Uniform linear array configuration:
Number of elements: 16
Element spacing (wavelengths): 0.75
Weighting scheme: exponential
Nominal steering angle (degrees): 30
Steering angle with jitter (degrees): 30.69
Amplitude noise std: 0.05
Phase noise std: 0.05

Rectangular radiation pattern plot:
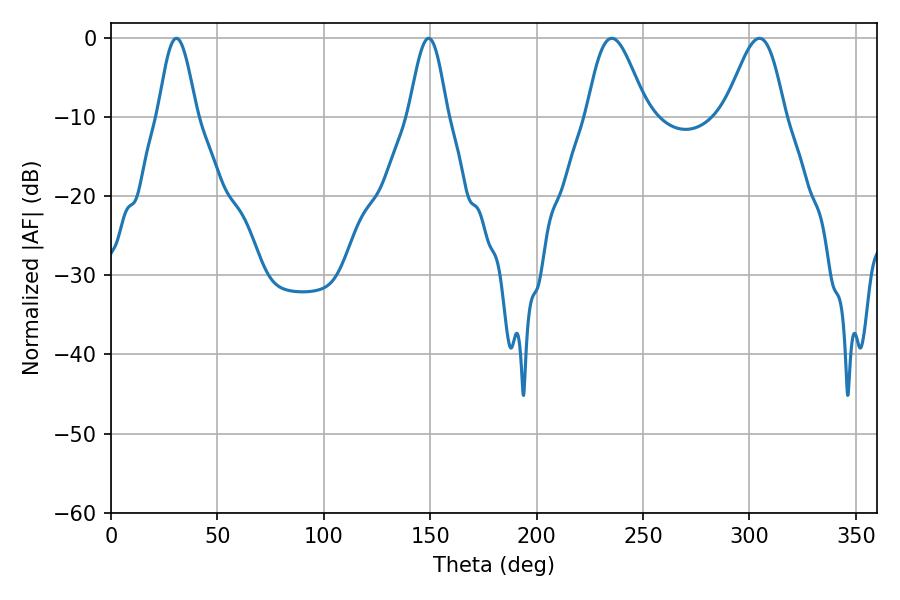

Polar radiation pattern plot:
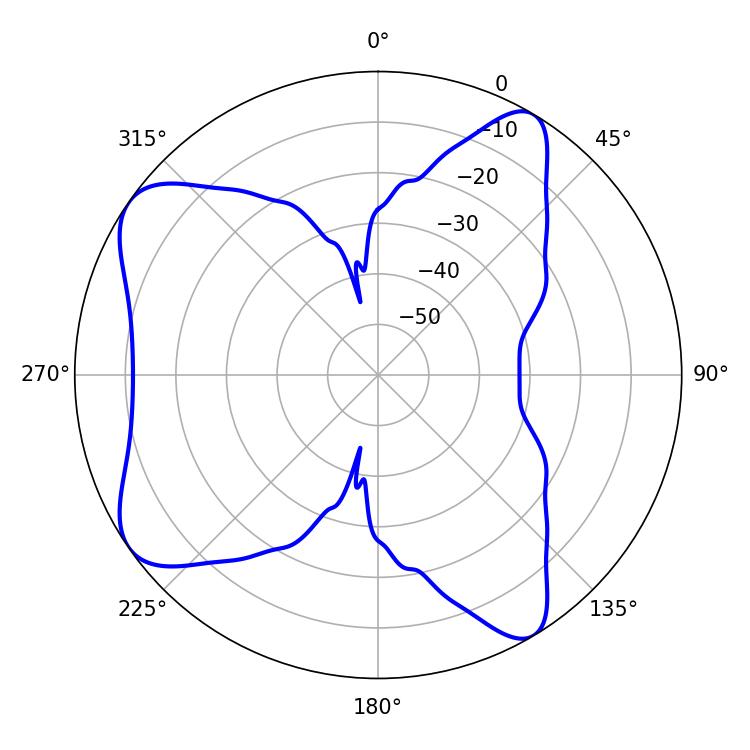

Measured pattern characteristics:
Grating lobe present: TRUE
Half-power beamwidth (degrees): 14.94
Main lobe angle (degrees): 304.74